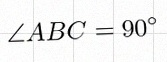
\angle ABC=90^\circ